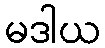
မဒါယ